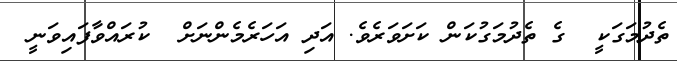
ތެދުމަގަކީ  ގެ ތެދުމަގުކަން ކަށަވަރެވެ. އަދި އަހަރެމެންނަށް  ކުރައްވާފައިވަނީ